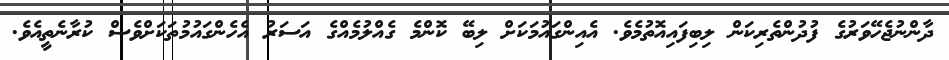
ދާންނުޖެހޭވަރުގެ ފުދުންތެރިކަން ލިބިފައިއޮތުމެވެ. އެއިންގައުމަކަށް ލިބޭ ކޮންމެ ގެއްލުމެއްގެ އަސަރު އެހެންގައުމުތަކަށްވެސް ކުރާނެތީއެވެ.